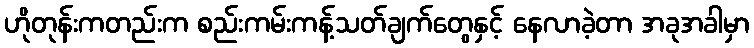
ဟိုတုန်းကတည်းက စည်းကမ်းကန့်သတ်ချက်တွေနှင့် နေလာခဲ့တာ အခုအခါမှာ